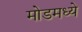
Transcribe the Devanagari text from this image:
मोडमध्ये